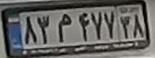
۸۳م۴۷۷۳۸